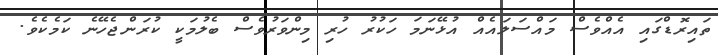
ތައިރޮޑްގައި އެއްވެސް މައްސަލައެއް އުޅޭނަމަ ހަކުރު ހުރި މިންވަރުވެސް ބެލުމަކީ ކުރަންޖެހޭނެ ކަމެކެވެ.